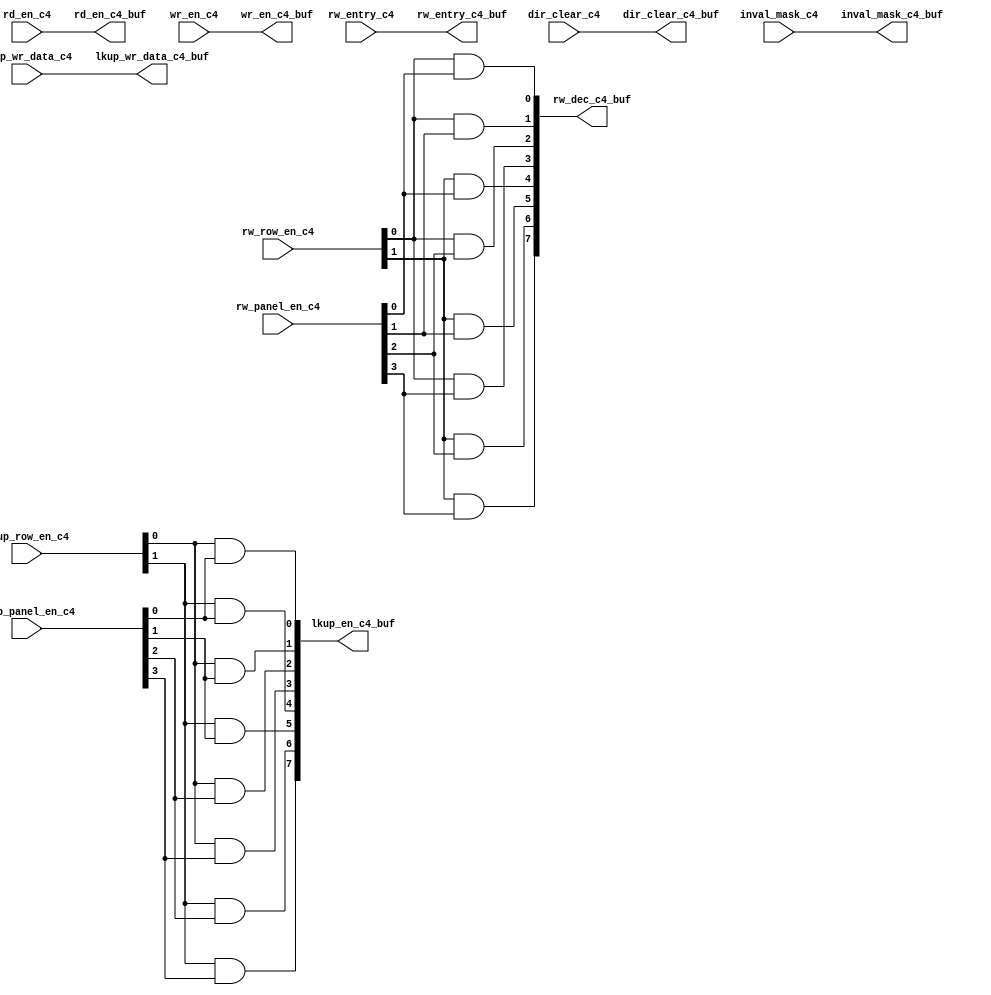
module sctag_dirl_buf(/*AUTOARG*/
   // Outputs
   lkup_en_c4_buf, inval_mask_c4_buf, rw_dec_c4_buf, rd_en_c4_buf, 
   wr_en_c4_buf, rw_entry_c4_buf, lkup_wr_data_c4_buf, 
   dir_clear_c4_buf, 
   // Inputs
   rd_en_c4, wr_en_c4, inval_mask_c4, rw_row_en_c4, rw_panel_en_c4, 
   rw_entry_c4, lkup_row_en_c4, lkup_panel_en_c4, lkup_wr_data_c4, 
   dir_clear_c4
   );


input		rd_en_c4;	// Right
input		wr_en_c4;	// Right
input	[7:0]	inval_mask_c4;	// Right
input	[1:0]	rw_row_en_c4;	// Right
input	[3:0]	rw_panel_en_c4;	// Right
input	[5:0]	rw_entry_c4;	// Right
input	[1:0]	lkup_row_en_c4; // qualified already	// Right
input	[3:0]	lkup_panel_en_c4; // qualified already	// Right
input	[32:0]	lkup_wr_data_c4;  // Bottom
input		dir_clear_c4; // Right

output	[7:0]	lkup_en_c4_buf ;  // Left
output	[7:0]	inval_mask_c4_buf ; // Left
output	[7:0]	rw_dec_c4_buf; // Left
output		rd_en_c4_buf ; // Left
output		wr_en_c4_buf ; // Left
output	[5:0]	rw_entry_c4_buf; // Left
output	[32:0]	lkup_wr_data_c4_buf; // Left 31(top) to 0(bottom)
output		dir_clear_c4_buf; // Left




assign	inval_mask_c4_buf = inval_mask_c4 ;

assign	rd_en_c4_buf = rd_en_c4 ;

assign	wr_en_c4_buf = wr_en_c4 ;

assign	rw_entry_c4_buf = rw_entry_c4 ;

assign	lkup_wr_data_c4_buf = lkup_wr_data_c4 ;

assign	lkup_en_c4_buf[0] = lkup_row_en_c4[0] & lkup_panel_en_c4[0] ;
assign	lkup_en_c4_buf[1] = lkup_row_en_c4[0] & lkup_panel_en_c4[1] ;
assign	lkup_en_c4_buf[2] = lkup_row_en_c4[0] & lkup_panel_en_c4[2] ;
assign	lkup_en_c4_buf[3] = lkup_row_en_c4[0] & lkup_panel_en_c4[3] ;
assign	lkup_en_c4_buf[4] = lkup_row_en_c4[1] & lkup_panel_en_c4[0] ;
assign	lkup_en_c4_buf[5] = lkup_row_en_c4[1] & lkup_panel_en_c4[1] ;
assign	lkup_en_c4_buf[6] = lkup_row_en_c4[1] & lkup_panel_en_c4[2] ;
assign	lkup_en_c4_buf[7] = lkup_row_en_c4[1] & lkup_panel_en_c4[3] ;
assign	dir_clear_c4_buf = dir_clear_c4 ;

assign	rw_dec_c4_buf[0] = rw_row_en_c4[0] & rw_panel_en_c4[0] ;
assign	rw_dec_c4_buf[1] = rw_row_en_c4[0] & rw_panel_en_c4[1] ;
assign	rw_dec_c4_buf[2] = rw_row_en_c4[0] & rw_panel_en_c4[2] ;
assign	rw_dec_c4_buf[3] = rw_row_en_c4[0] & rw_panel_en_c4[3] ;
assign	rw_dec_c4_buf[4] = rw_row_en_c4[1] & rw_panel_en_c4[0] ;
assign	rw_dec_c4_buf[5] = rw_row_en_c4[1] & rw_panel_en_c4[1] ;
assign	rw_dec_c4_buf[6] = rw_row_en_c4[1] & rw_panel_en_c4[2] ;
assign	rw_dec_c4_buf[7] = rw_row_en_c4[1] & rw_panel_en_c4[3] ;

endmodule